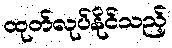
ထုတ်လုပ်နိုင်သည့်